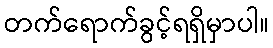
တက်ရောက်ခွင့်ရရှိမှာပါ။